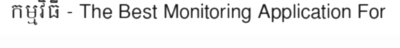
កម្មវិធី - The Best Monitoring Application For